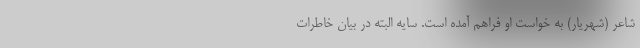
شاعر (شهریار) به خواست او فراهم آمده است. سایه البته در بیان خاطرات